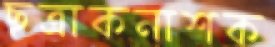
ছত্রাকনাশক